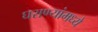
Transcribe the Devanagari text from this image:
घराण्यांमध्ये